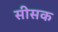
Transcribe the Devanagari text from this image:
सीसक